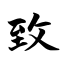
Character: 致